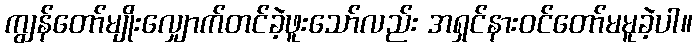
ကျွန်တော်မျိုးလျှောက်တင်ခဲ့ဖူးသော်လည်း အရှင်နားဝင်တော်မမူခဲ့ပါ။